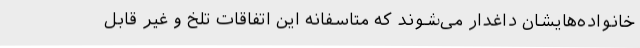
خانواده‌هایشان داغدار می‌شوند که متاسفانه این اتفاقات تلخ و غیر قابل